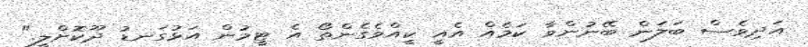
އަދިވެސް ބަލަން ބޭނުންވާ ކަމެއް އެއީ ކީއްވެގެންތޯ އެ ޓީމުން އަޅުގަނޑު ދޫކޮށްލީ."